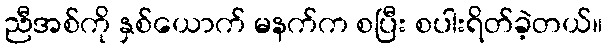
ညီအစ်ကို နှစ်ယောက် မနက်က စပြီး စပါးရိတ်ခဲ့တယ်။